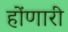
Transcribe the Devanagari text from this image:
होंणारी